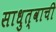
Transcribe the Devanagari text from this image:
साधुत्वाची